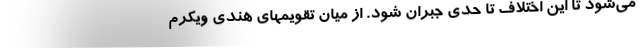
می‌شود تا این اختلاف تا حدی جبران شود. از میان تقویمهای هندی ویکرم